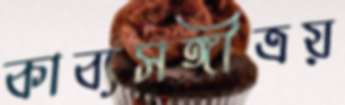
কাব্যসঙ্গীত্রয়